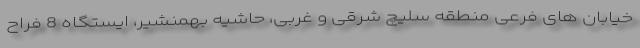
خیابان های فرعی منطقه سلیچ شرقی و غربی، حاشیه بهمنشیر، ایستگاه 8 فراح